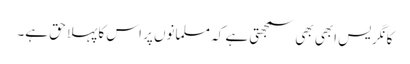
کانگریس ابھی بھی سمجھتی ہے کہ مسلمانوں پر اس کا پہلا حق ہے۔